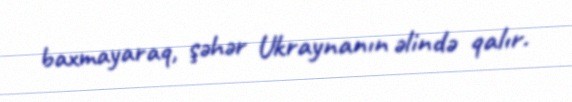
baxmayaraq, şəhər Ukraynanın əlində qalır.